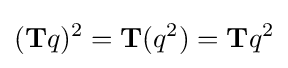
(\mathbf {T} q)^{2}=\mathbf {T} (q^{2})=\mathbf {T} q^{2}